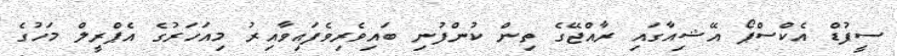
ސީފުޑް އެކްސްޕޯ އޭޝިއާގައި ރާއްޖޭގެ ތިން ކުންފުނި ބައިވެރިވެފައިވާއިރު މިއަހަރުގެ އެޕްރީލް މަހުގެ